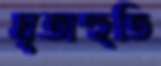
ঘৃতাহুতি